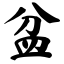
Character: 盆